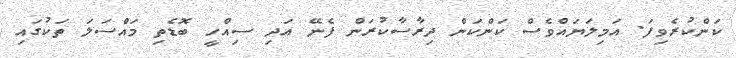
ކަންކުރެވިފަ. އަމިލަޔައްވެސް ކަންކަން ދިރާސާކުރަން ފެނޭ އަދި ސިއްހީ ބޮޑެތި މައްސަލަ ތަކުގައި